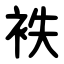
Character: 袟